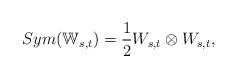
LaTeX: \begin{align*} Sym(\mathbb{W}_{s,t}) = \frac{1}{2}W_{s,t}\otimes W_{s,t},\end{align*}